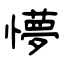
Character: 懜